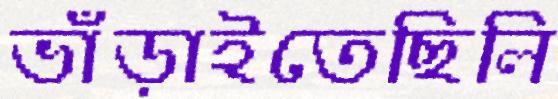
ভাঁড়াইতেছিলি